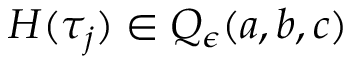
H ( \tau _ { j } ) \in Q _ { \epsilon } ( a , b , c )